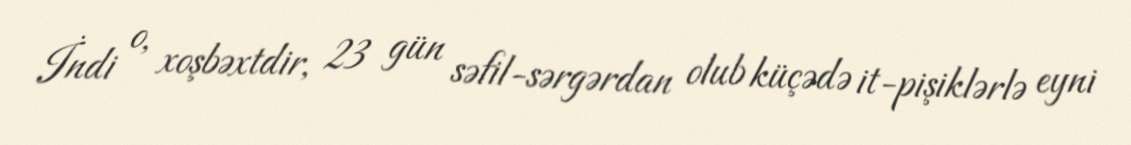
İndi o, xoşbəxtdir, 23 gün səfil-sərgərdan olub küçədə it-pişiklərlə eyni